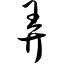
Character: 弄